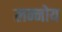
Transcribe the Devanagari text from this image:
लन्नोय